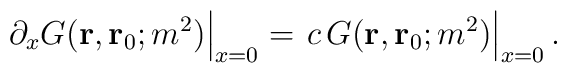
\left. \partial_x G({\bf r},{\bf r}_0;m^2)\right|_{x=0}=\left. c\,G({\bf r},{\bf r}_0;m^2)\right|_{x=0}.